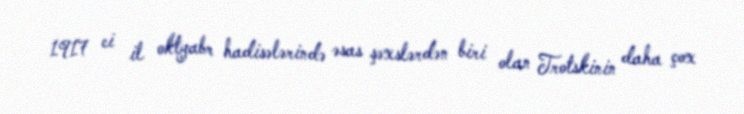
1917 ci il oktyabr hadisələrində əsas şəxslərdən biri olan Trotskinin daha çox